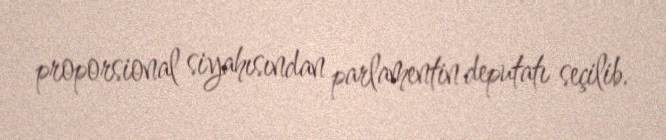
proporsional siyahısından parlamentin deputatı seçilib.